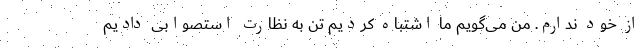
از خود ندارم. من می‌گویم ما اشتباه کردیم تن به نظارت استصوابی دادیم